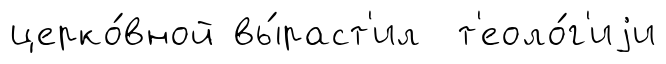
церко́вной вы́раст'ил т'еоло́г'иjи